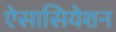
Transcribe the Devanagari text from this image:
ऐसासियेशन